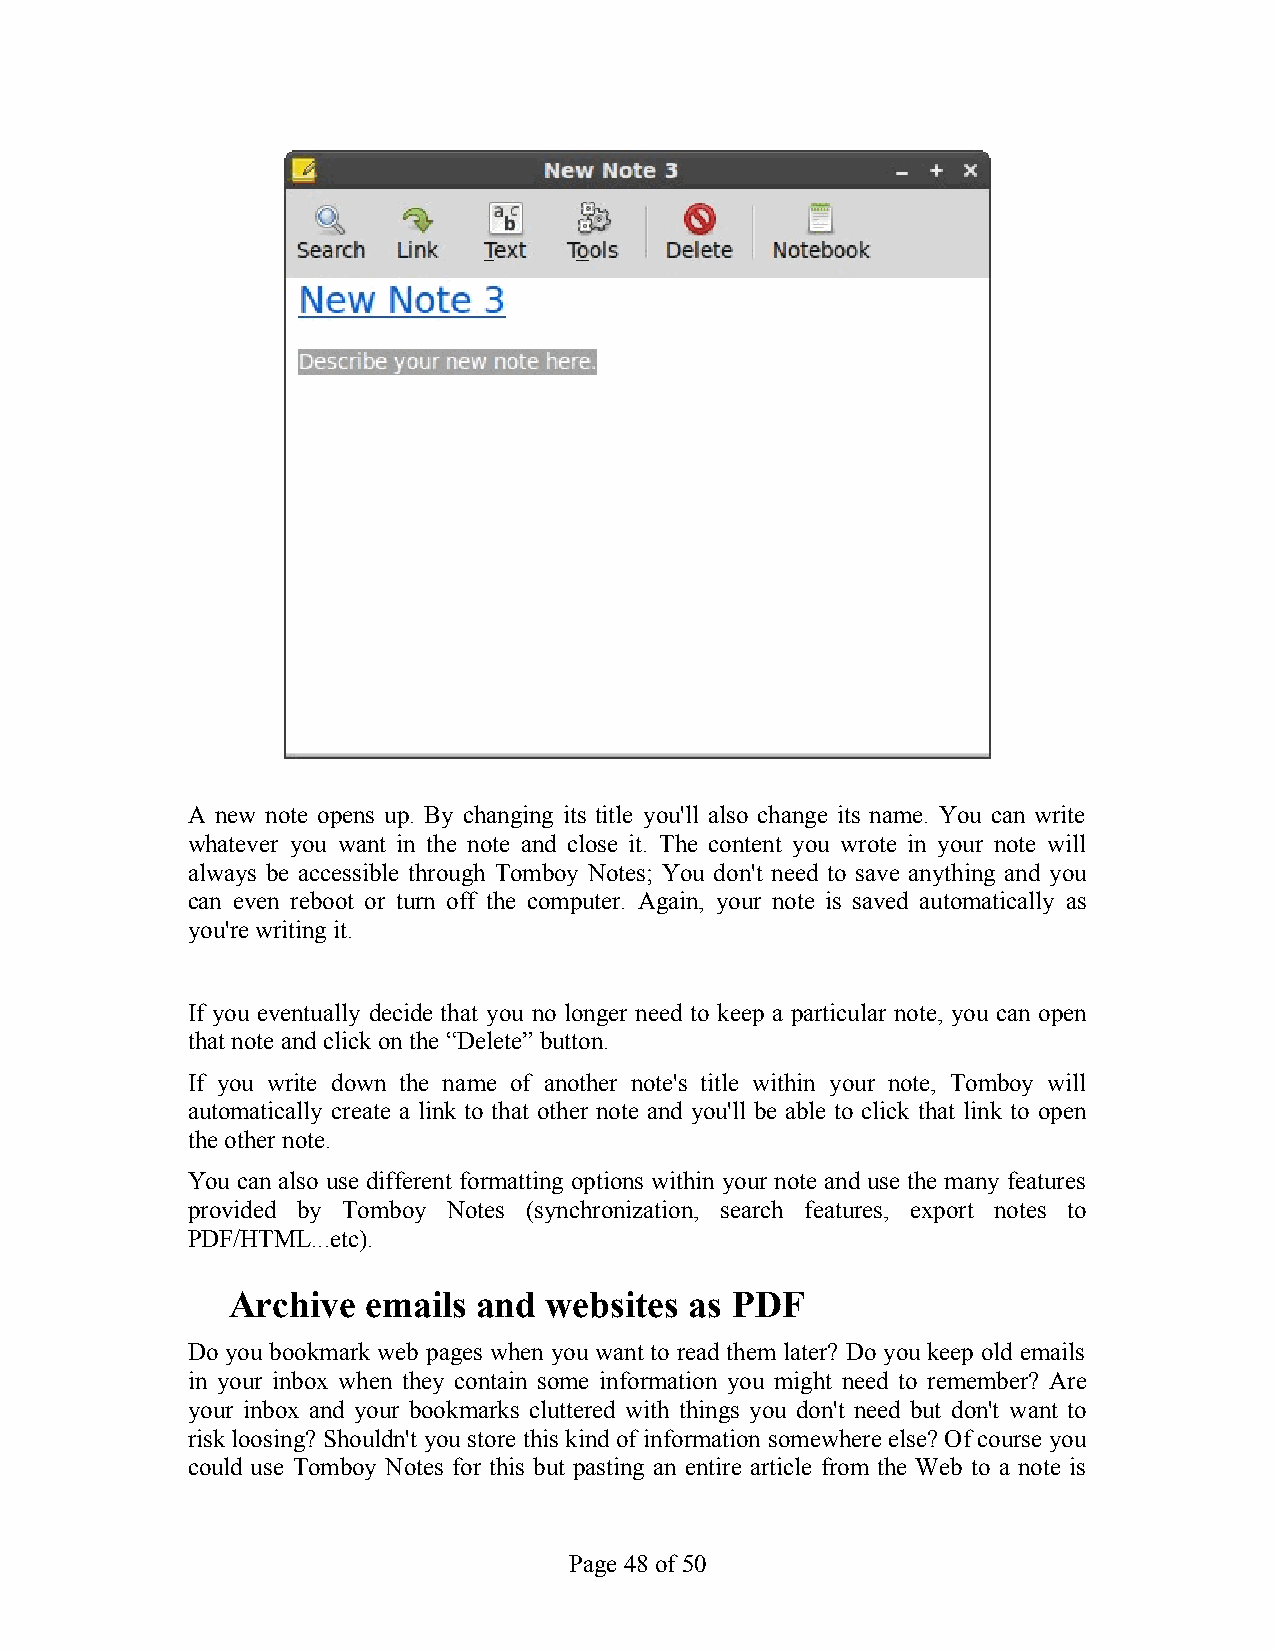
A new note opens up. By changing its title you'll also change its name. You can write
 whatever you want in the note and close it. The content you wrote in your note will
 always be accessible through Tomboy Notes; You don't need to save anything and you
 can even reboot or turn off the computer. Again, your note is saved automatically as
 you're writing it.
 If you eventually decide that you no longer need to keep a particular note, you can open
 that note and click on the “Delete” button.
 If you write down the name of another note's title within your note, Tomboy will
 automatically create a link to that other note and you'll be able to click that link to open
 the other note.
 You can also use different formatting options within your note and use the many features
 provided by Tomboy Notes (synchronization, search features, export notes to
 PDF/HTML...etc).
 Archive  emails  and websites  as PDF
 Do you bookmark web pages when you want to read them later? Do you keep old emails
 in your inbox when they contain some information you might need to remember? Are
 your inbox and your bookmarks cluttered with things you don't need but don't want to
 risk loosing? Shouldn't you store this kind of information somewhere else? Of course you
 could use Tomboy Notes for this but pasting an entire article from the Web to a note is
 Page 48 of 50